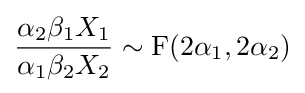
{\frac {\alpha _{2}\beta _{1}X_{1}}{\alpha _{1}\beta _{2}X_{2}}}\sim \mathrm {F} (2\alpha _{1},2\alpha _{2})